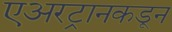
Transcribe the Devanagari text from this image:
एअरट्रानकडून